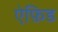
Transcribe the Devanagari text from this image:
ऐफ़िड